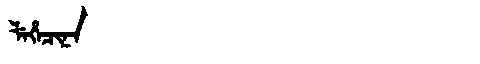
Manchu: ᠯᡝᡥᡝᠴᡳᠨᠠ
Romanization: LEHECINA